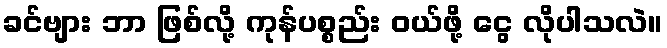
ခင်ဗျား ဘာ ဖြစ်လို့ ကုန်ပစ္စည်း ဝယ်ဖို့ ငွေ လိုပါသလဲ။